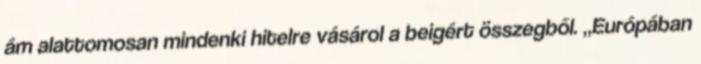
ám alattomosan mindenki hitelre vásárol a beigért összegből. „Európában